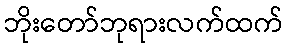
ဘိုးတော်ဘုရားလက်ထက်